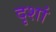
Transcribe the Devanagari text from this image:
दृशां